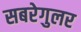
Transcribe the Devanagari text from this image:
सबरेगुलर